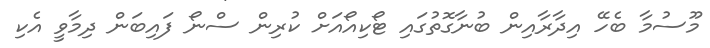
މޫސުމާ ބެހޭ އިދާރާއިން ބުނާގޮތުގައި ޓޯކިއޯއަށް ކުރިން ސްނޯ ފައިބަން ދިމާވީ އެކި